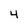
Character: 4